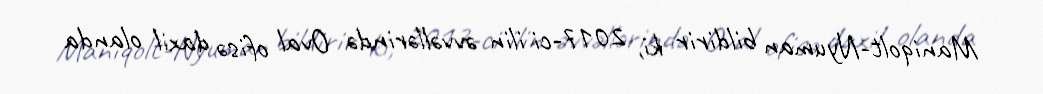
Maniqolt-Nyuman bildirir ki, 2017-ci ilin əvvəllərində Oval ofisə daxil olanda